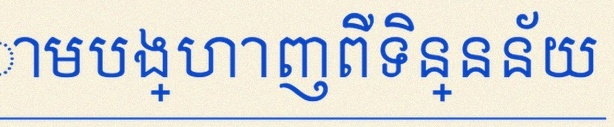
តារាងខាងក្រោមបង្ហាញពីទិន្នន័យ